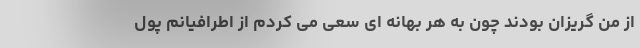
از من گریزان بودند چون به هر بهانه ای سعی می کردم از اطرافیانم پول